Civil Veterinary Dept. Assam report 1911-1927 - 1911-1927
Year: 1911
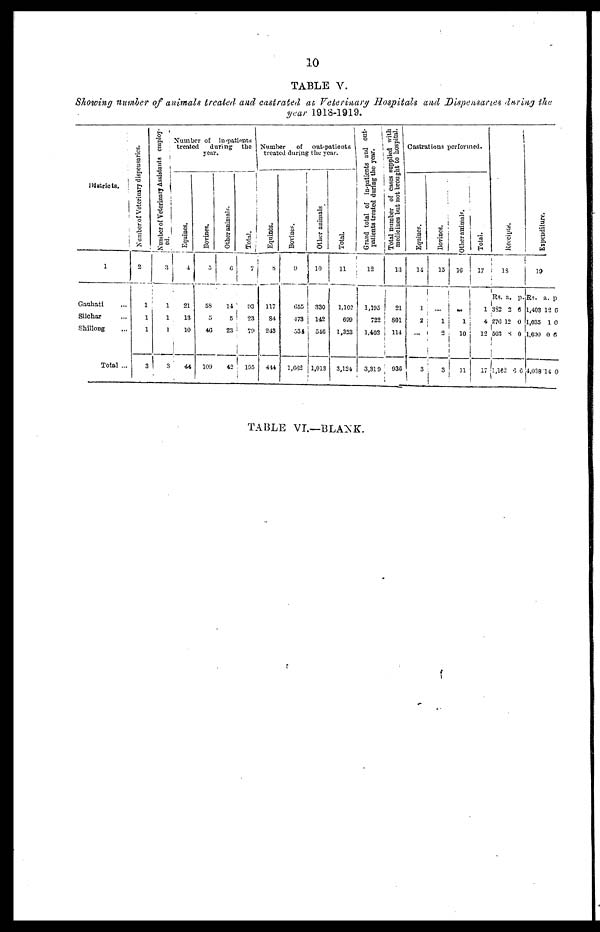
10
TABLE V.
Showing number of animals treated and castrated at. Veterinary Hospitals and Dispensaries during the
year 1918-1919.
Districts.
1
Gauhati ...
Silcliar ...
Shillong ...
Total ...
Number
of Veterinary dispensaries.
2
1
1
1
3
Number of Veterinary Assistants employed
3
1
1
1
3
Number of in-patients
treated
during
the
year.
Equines.
4
21
13
10
44
Bovines.
5
58
5
46
109
Other animals.
6
14
5
23
42
Total.
7
93
23
70
195
Number of out-patients
treated during the year.
Equines.
8
117
84
243
444
Bovines.
9
655
173
534
1,662
Other animals
10
330
142
546
1,018
Total.
11
1,102
609
1,323
3,124
Grand total of in-patients and out-
patients treated during the yew.
12
1,195
722
1,402
3,319
Total number of cases supplied with
medicines but not brought to hospital.
13
21
801
114
936
Castrations performed.
Equines.
14
1
2
...
3
Bovines.
15
...
1
2
3
Other animals.
16
1
10
11
Total.
17
1
4
12
17
Receipts.
18
Rs.
352
276
503
1,162
a.
2
12
8
6
p.
6
0
0
6
Expenditure.
19
Rs.
1,403
1,035
1,600
4,038
a.
12
1
0
14
p.
6
0
6
0
TABLE VI.—BLANK.